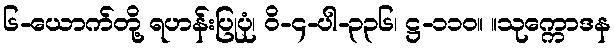
၆-ယောက်တို့ ရဟန်းပြုပုံ၊ ဝိ-၄-ပါ-၃၃၆၊ ဋ္ဌ-၁၁၀။ ။သုက္ကောဒန